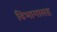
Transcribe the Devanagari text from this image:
विभागासह